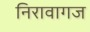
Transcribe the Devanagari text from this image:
निरावागज